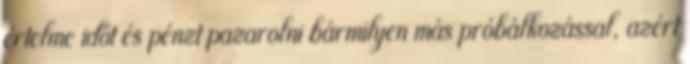
értelme időt és pénzt pazarolni bármilyen más próbálkozással, azért